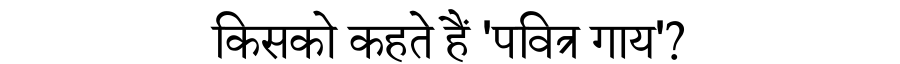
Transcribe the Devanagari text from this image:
किसको कहते हैं 'पवित्र गाय'?